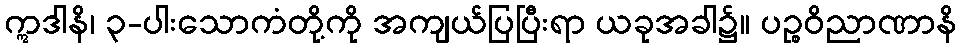
ဣဒါနိ၊ ၃-ပါးသောကံတို့ကို အကျယ်ပြပြီးရာ ယခုအခါ၌။ ပဉ္စဝိညာဏာနိ